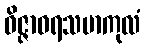
ဝိဇ္ဇာဓရသမာကုလံ